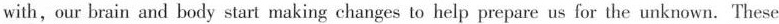
with, our brain and body start making changes to help prepare us for the unknown. These